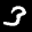
Label: 3